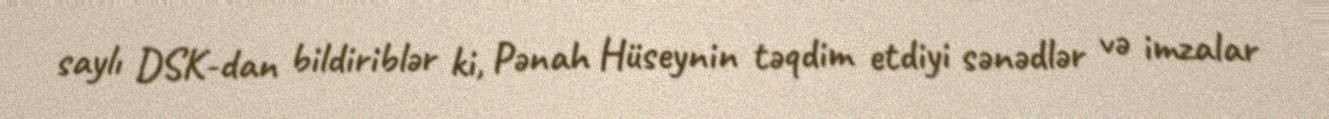
saylı DSK-dan bildiriblər ki, Pənah Hüseynin təqdim etdiyi sənədlər və imzalar